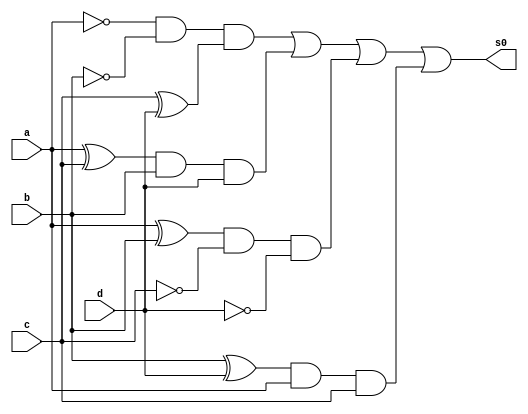
// Giselle Caroline Vieira
// Prava 01 - letra f


module s0algebra (s0,a,b,c,d);
output s0;
input a,b,c,d;
wire t1,t2,t3,t4,t5,t,t7,t8;

xor XOR1 (t1,c,d);
xor XOR2 (t2,a,c);
xor XOR3 (t3,a,b);
xor XOR4 (t4,b,d);

and AND1 (t5, ~a,~b,t1);
and AND2 (t6, t2,b,d);
and AND3 (t7, t3,~c,~d);
and AND4 (t8, t4,a,c);

or OR1 (s0,t5,t6,t7,t8);



endmodule //fim s0algebra

module testes0;

wire s0;
reg a,b,c,d;

s0algebra Teste (s0,a,b,c,d);

 initial begin
      $display("\na  b   c   d  s0\n");
      $monitor("%b  %b   %b   %b  %b", a, b, c, d, s0);
  
	     a=0; b=0; c=0; d=0;  
    #1  a=0; b=0; c=0; d=1;
    #1  a=0; b=0; c=1; d=0;
    #1  a=0; b=0; c=1; d=1;
    #1  a=0; b=1; c=0; d=0;
 	 #1  a=0; b=1; c=0; d=1;
    #1  a=0; b=1; c=1; d=0;
    #1  a=0; b=1; c=1; d=1;
    #1  a=1; b=0; c=0; d=0;
    #1  a=1; b=0; c=0; d=1;
    #1  a=1; b=0; c=1; d=0;
    #1  a=1; b=0; c=1; d=1;
    #1  a=1; b=1; c=0; d=0;
    #1  a=1; b=1; c=0; d=1;
    #1  a=1; b=1; c=1; d=0;
    #1  a=1; b=1; c=1; d=1;


        
    end
    endmodule